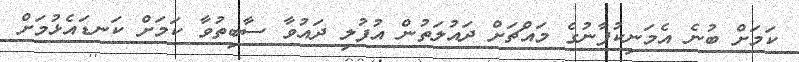
ކަމަށް ބުނެ އެމަނިކުފާނުގެ މައްޗަށް ދައުލަތުން އުފުލި ދައުވާ ސާބިތުވާ ކަމަށް ކަނޑައެޅުމަށް